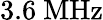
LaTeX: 3.6~\mathrm{MHz}